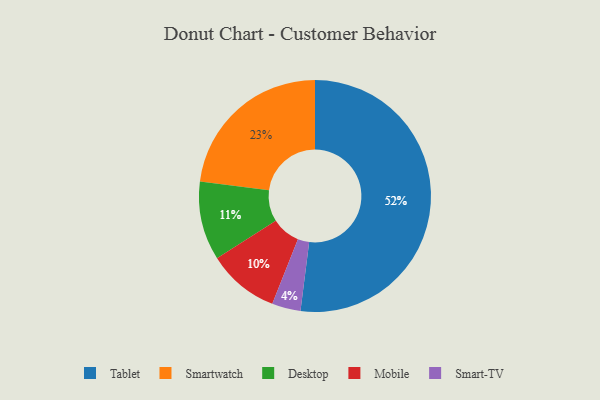
{"axis": {"x": "Category", "y": "Percentage"}, "legend": ["Desktop", "Mobile", "Smart-TV", "Smartwatch", "Tablet"], "data": [{"x": "Desktop", "y": 11, "type": "Desktop"}, {"x": "Tablet", "y": 52, "type": "Tablet"}, {"x": "Smartwatch", "y": 23, "type": "Smartwatch"}, {"x": "Smart-TV", "y": 4, "type": "Smart-TV"}, {"x": "Mobile", "y": 10, "type": "Mobile"}]}